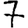
Digit: 7